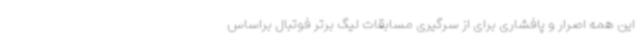
این همه اصرار و پافشاری برای از سرگیری مسابقات لیگ برتر فوتبال براساس